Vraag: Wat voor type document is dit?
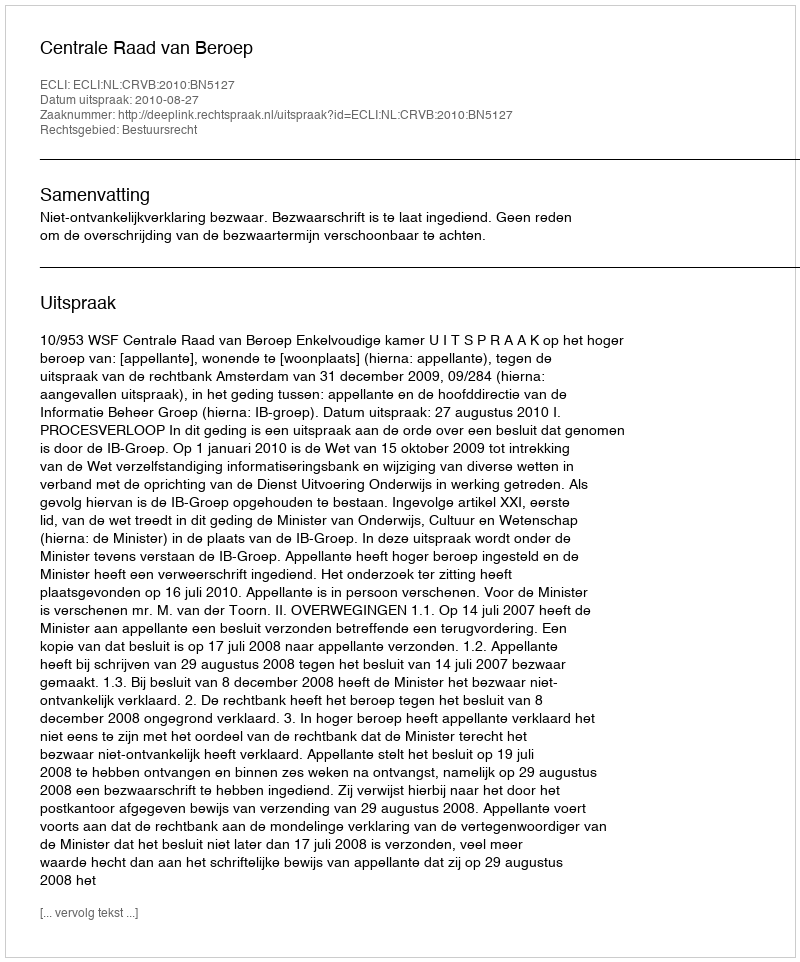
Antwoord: Uitspraak